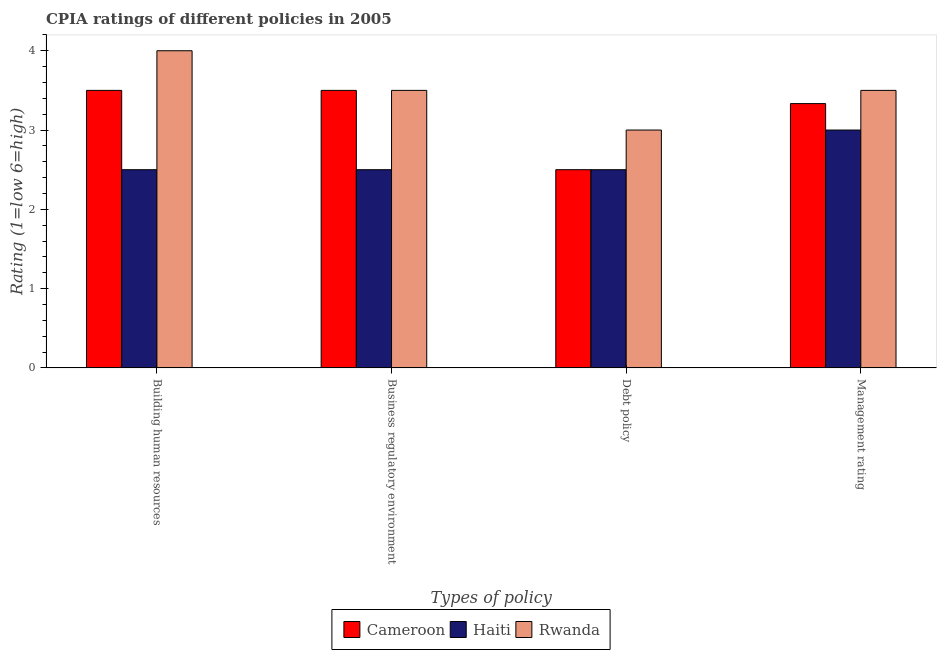
| Types of policy | Cameroon | Haiti | Rwanda |
 | --- | --- | --- | --- |
 | Building human resources | 3.5 | 2.5 | 4 |
 | Business regulatory environment | 3.5 | 2.5 | 3.5 |
 | Debt policy | 2.5 | 2.5 | 3 |
 | Management rating | 3.33 | 3 | 3.5 |